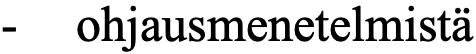
-  ohjausmenetelmistä